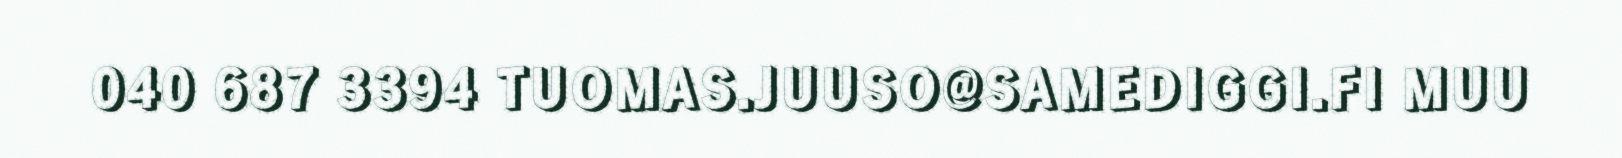
040 687 3394 TUOMAS.JUUSO@SAMEDIGGI.FI MUU